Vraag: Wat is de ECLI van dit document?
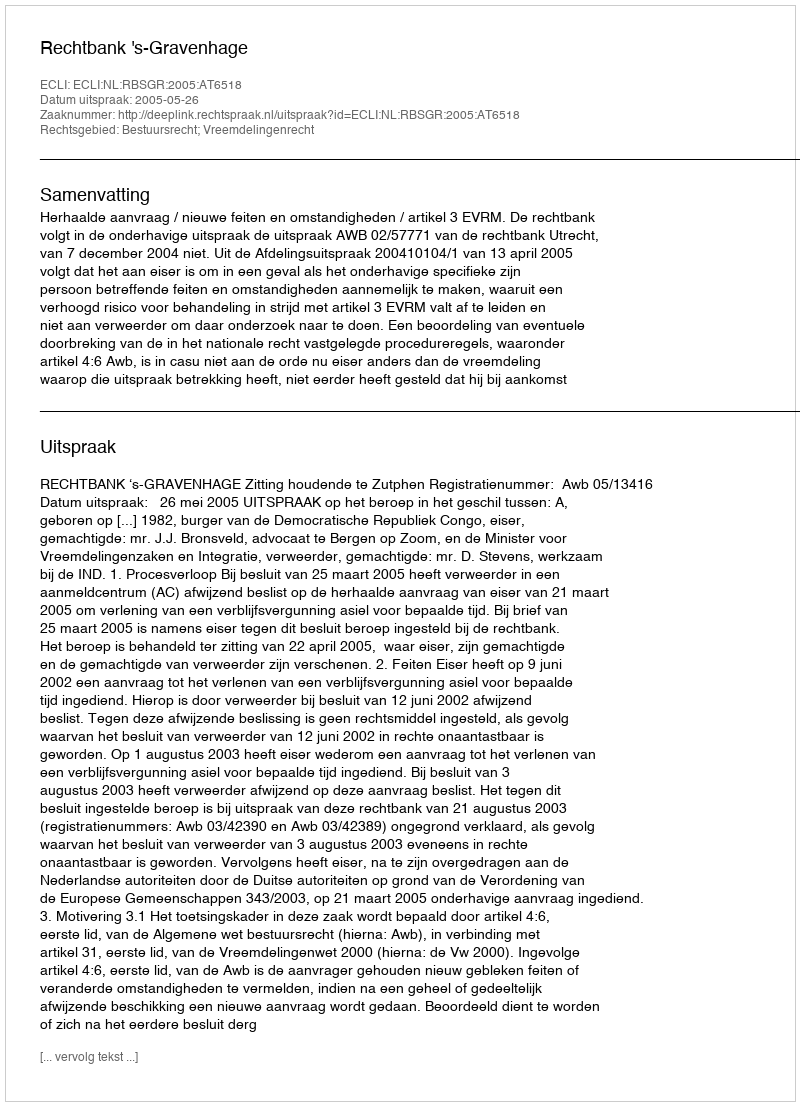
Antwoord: ECLI:NL:RBSGR:2005:AT6518